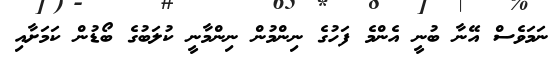
ނަމަވެސް އޭނާ ބުނީ އެންމެ ފަހުގެ ނިންމުން ނިންމާނީ ކުލަބުގެ ބޯޑުން ކަމަށާއި